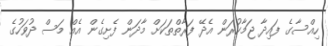
ހިއްސާގެ ފައިދާ ޖަމާކުރަން އެދޭ ފަރާތްތަކަށް މާދަން ފެށިގެން އެއް މަސް ދުވަހުގެ